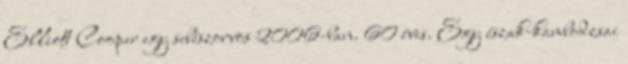
Elliott Cooper egy sebészorvos 2006-ban. 60 éves. Egy észak-kambodzsai